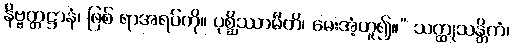
နိဗ္ဗတ္တဋ္ဌာနံ၊ ဖြစ် ရာအရပ်ကို။ ပုစ္ဆိဿာမီတိ၊ မေးအံ့ဟူ၍။” သတ္ထုသန္တိကံ၊